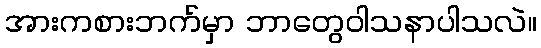
အားကစားဘက်မှာ ဘာတွေဝါသနာပါသလဲ။